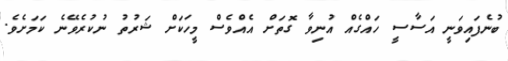
ބުނެފައިވަނީ އަސާސީ ހައްގެއް އުނިވާ ގޮތަށް އެއްވެސް މީހަކަށް ޝަރުތު ނުކުރެވޭނެ ކަމަށެވެ.